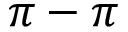
\pi - \pi